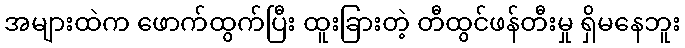
အများထဲက ဖောက်ထွက်ပြီး ထူးခြားတဲ့ တီထွင်ဖန်တီးမှု ရှိမနေဘူး